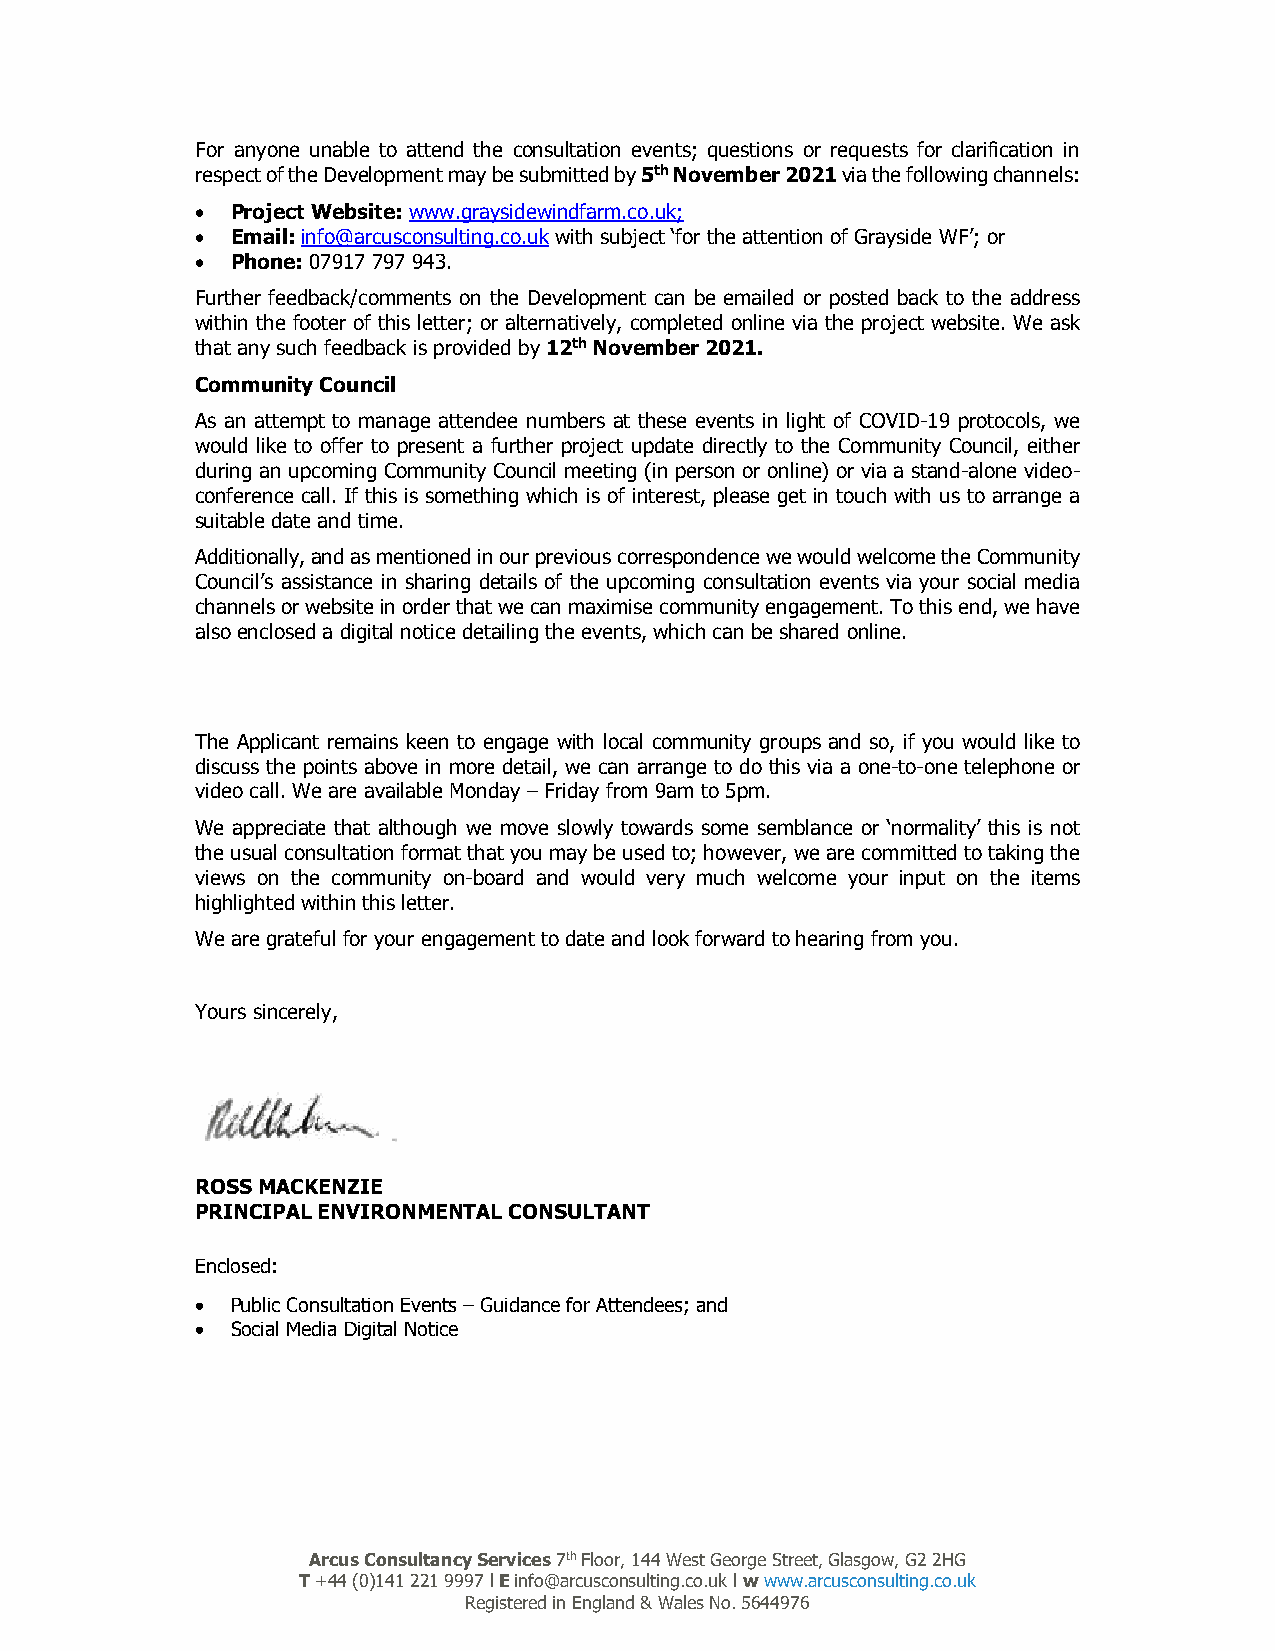
For anyone unable to attend the consultation events; questions or requests for clarification in
 respect of the Development may be submitted by 5th November 2021 via the following channels:
  Project Website: www.graysidewindfarm.co.uk;
  Email: info@arcusconsulting.co.uk with subject ‘for the attention of Grayside WF’; or
  Phone: 07917 797 943.
 Further feedback/comments on the Development can be emailed or posted back to the address
 within the footer of this letter; or alternatively, completed online via the project website. We ask
 that any such feedback is provided by 12th November 2021.
 Community Council
 As an attempt to manage attendee numbers at these events in light of COVID-19 protocols, we
 would like to offer to present a further project update directly to the Community Council, either
 during an upcoming Community Council meeting (in person or online) or via a stand-alone video-
 conference call. If this is something which is of interest, please get in touch with us to arrange a
 suitable date and time.
 Additionally, and as mentioned in our previous correspondence we would welcome the Community
 Council’s assistance in sharing details of the upcoming consultation events via your social media
 channels or website in order that we can maximise community engagement. To this end, we have
 also enclosed a digital notice detailing the events, which can be shared online.
 The Applicant remains keen to engage with local community groups and so, if you would like to
 discuss the points above in more detail, we can arrange to do this via a one-to-one telephone or
 video call. We are available Monday – Friday from 9am to 5pm.
 We appreciate that although we move slowly towards some semblance or ‘normality’ this is not
 the usual consultation format that you may be used to; however, we are committed to taking the
 views on the community on-board and would very much welcome your input on the items
 highlighted within this letter.
 We are grateful for your engagement to date and look forward to hearing from you.
 Yours sincerely,
 ROSS MACKENZIE
 PRINCIPAL ENVIRONMENTAL CONSULTANT
 Enclosed:
  Public Consultation Events – Guidance for Attendees; and
  Social Media Digital Notice
 Arcus Consultancy Services 7th Floor, 144 West George Street, Glasgow, G2 2HG
 T +44 (0)141 221 9997 l E info@arcusconsulting.co.uk l w www.arcusconsulting.co.uk
 Registered in England & Wales No. 5644976